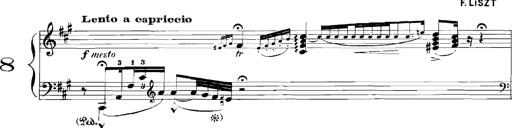
Title: Rhapsodies hongroises
Composer: Franz Liszt